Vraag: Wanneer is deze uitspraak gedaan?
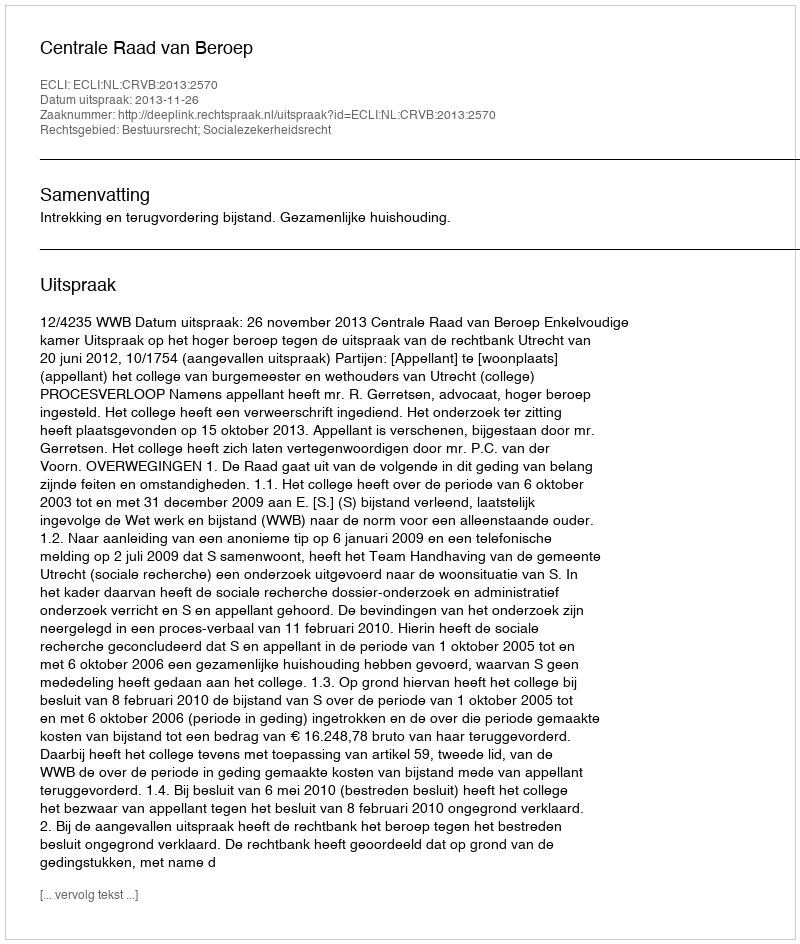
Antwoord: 2013-11-26